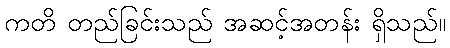
ကတိ တည်ခြင်းသည် အဆင့်အတန်း ရှိသည်။